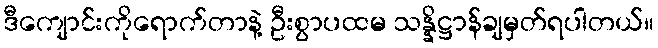
ဒီကျောင်းကိုရောက်တာနဲ့ ဦးစွာပထမ သန္နိဋ္ဌာန်ချမှတ်ရပါတယ်။